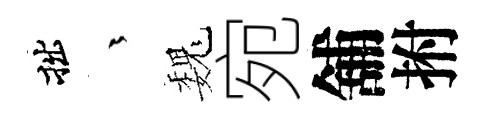
拙茫巍宛舖拊